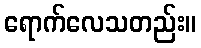
ရောက်လေသတည်း။